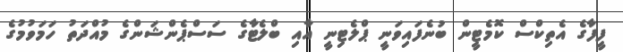
ފީފާގެ އެތިކްސް ކޮމެޓީން ބުނެފައިވަނީ ޕްލެޓިނީ އާއި ބްލެޓާގެ ސަސްޕެންޝަންގެ މުއްދަތު ހަމަވުމުގެ